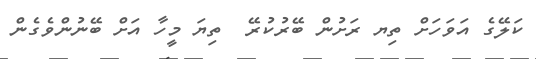
ކަލޭގެ އަވަހަށް ތިޔ ރަށުން ބޭރުކުރޭ  ތިޔަ މީހާ އަށް ބޭނުންވެގެން